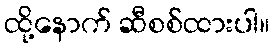
ထို့နောက် ဆီစစ်ထားပါ။